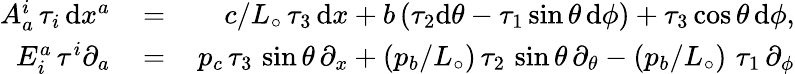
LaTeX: \begin{array}{rlr}{A_{a}^{i}\, \tau_{i}\, \mathrm{d}x^{a}\, }&{=}&{\, c/L_{\circ}\, \tau_{3}\, \mathrm{d}x+b\, (\tau_{2}\mathrm{d}\theta-\tau_{1}\sin\theta\, \mathrm{d}\phi)+\tau_{3}\cos\theta\, \mathrm{d}\phi,}\\ {E_{i}^{a}\, \tau^{i}\partial_{a}\, }&{=}&{\, p_{c}\, \tau_{3}\, \sin\theta\, \partial_{x}+(p_{b}/L_{\circ})\, \tau_{2}\, \sin\theta\, \partial_{\theta}-(p_{b}/L_{\circ})\, \, \tau_{1}\, \partial_{\phi}}\end{array}